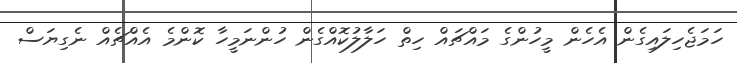
ހަމަޖެހިލައިގެން އެހެން މީހުންގެ މައްޗައް ހިތް ހަލާލުކޮއްގެން ހުންނަމީހާ ކޮންމެ އެއްޗެއް ނެގިޔަސް